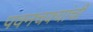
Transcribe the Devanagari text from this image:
पवनचक्यांची